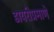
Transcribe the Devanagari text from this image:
डायरीप्रमाणे